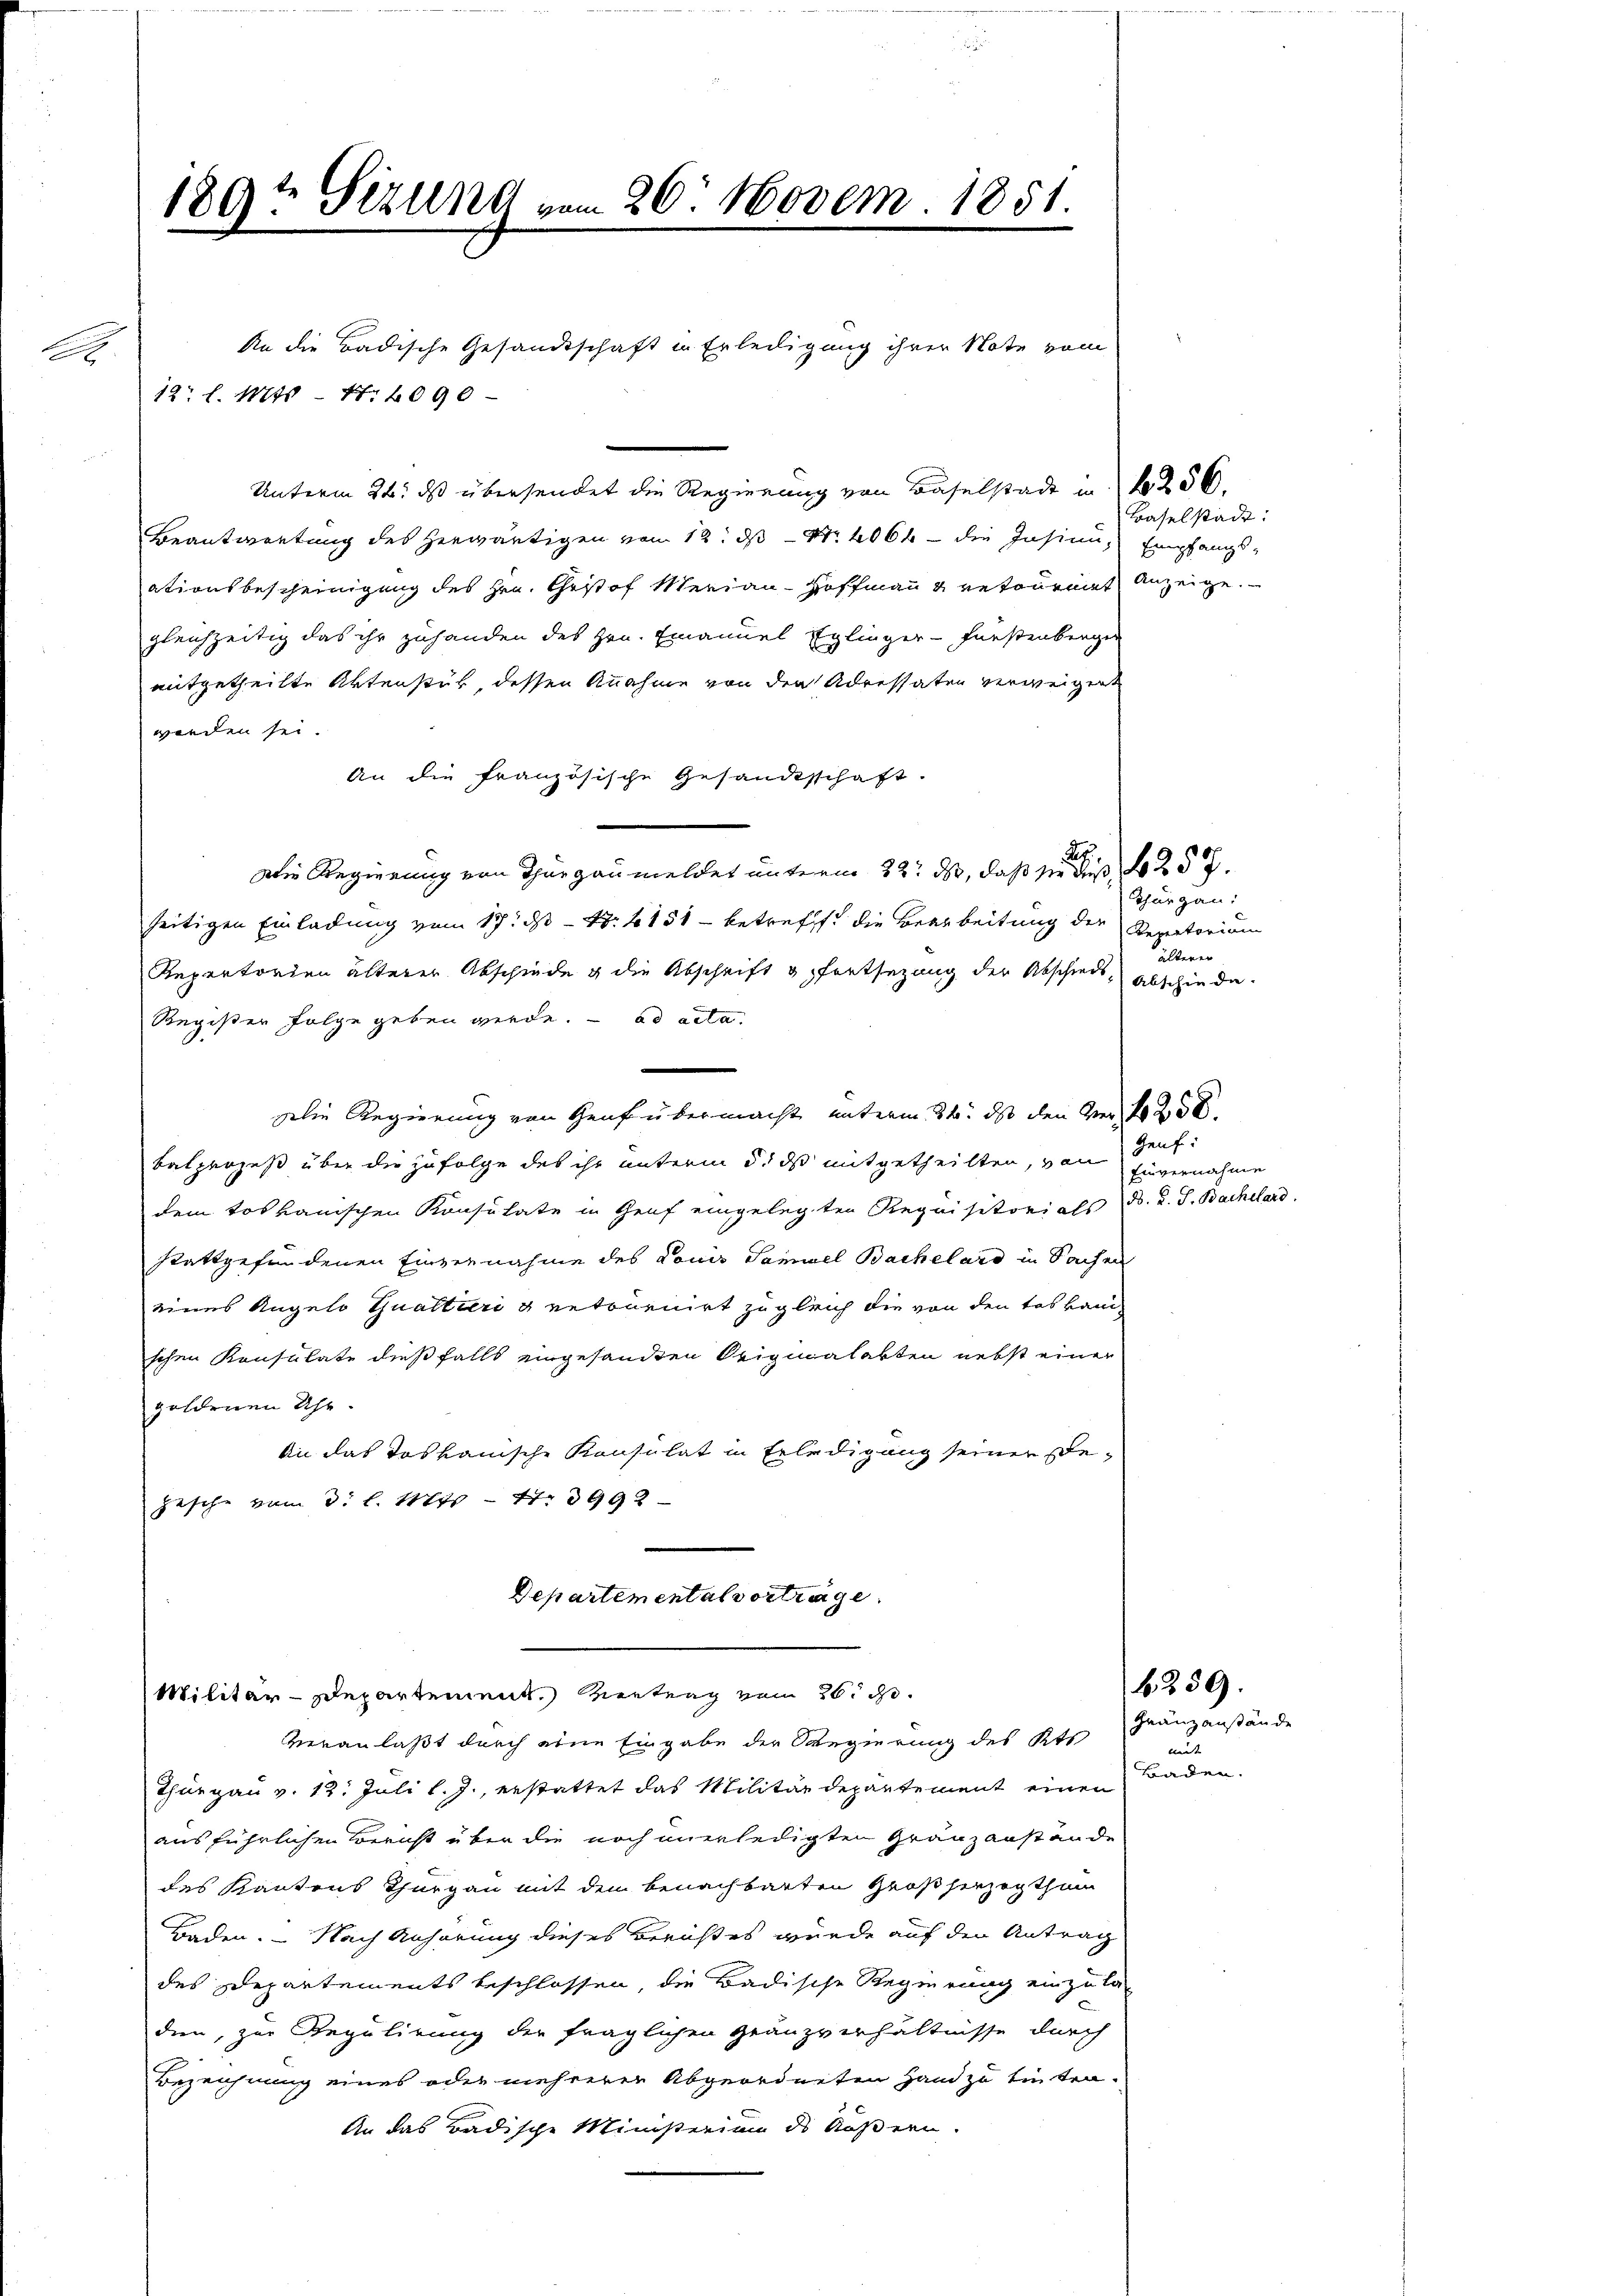
x

An die Badische Gesandtschaft in Erledigung ihrer Note vom
12 l. Mts. 1. 2090

189? Sizung vom 26. Novem 1851.
e

Unterm 26. ds übersendet die Regierung von Baselstadt in N. 256.
Beantwortung des herwärtigen von 12. ds Nr. 2064 - die Insinn, Empfangs-
ationsbescheinigung des Hrn. Christof Merian-Hoffmann & retourmat Anzeige.
gleichzeitig das ihr zuhanden des Hrn. Emanuel Eglinger-Fürstenberger
mitgetheilte Aktenstük, dessen Annahme von den Adressaten verweigent
worden sei.
An die französische Gesandtschaft.
Die Regierung von Thurgau meldet unterm 22. ds, daß sie dieß, 257.
seitigen Einladung vom 17. ds. - 4. 151 - betreff die Bearbeitung der Renatorium
Repertorden älterer Abschiede & die Abschrift & fortsezung der Abschieds-
Register Folge geben werde. ad acta
Die Regierung von Genf übermacht unterm 24. ds den Wer f 250
Geuf:
balprozeß über die zufolge des ihr unterm 5. ds mitgetheilten, von
dem toskanischen Konsulate in Genf eingelegten Requisitorials d. d. J. Bachelard,
stattgefundenen Einvernahme des Louis Samuel Bachelard in Sachen
eines Angelo Guattieri g retournirt zugleich die von den das baue
schen Konsulate dießfalls eingesandten Originalakten nebst einer
goldenen Uhr.
An das toskanische Konsulat in Erledigung seiner Bepesche vom 3. l. Mts. - N. 3992
Departemental vortrage

Thurgau v. 12. Juli l. J., erstattet das Militärdepartement einen
ausführlichen Bericht über die noch unerledigten Gränzanstände
des Kantons Thurgau mit den benachbarten Großherzogthum
Baden. - Nach Anhörung dieses Berichtes wurde auf den Antrag
des Departements beschlossen, die Badische Regierung einzula
dien, zur Regulirung der fraglichen Granzverhältnisse durch
Bezeichnung eines oder mehrerer Abgeordneten Hand zu tinten.
An das Badische Ministerium des Äußern.

Militär-Departement. Vertrag vom 26. d.
veranlaßt durch eine Eingabe der Regierung des Kts

Baselstadt:

Thurgau:
ie
Abschiede.

Einvernahme

6239.

Gränzanstände
mit
Baden.